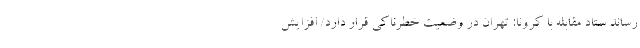
رساند ستاد مقابله با کرونا: تهران در وضعیت خطرناکی قرار دارد/ افزایش